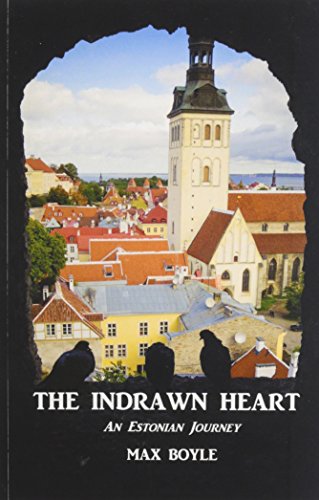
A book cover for The Indrawn Heart: An Estonian Journey; Max Boyle; Travel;